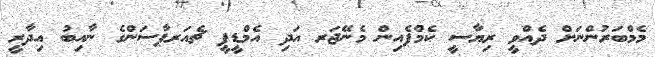
މެމްބަރުންނަށް ދެއްވީ ރިޔާސީ ކެމްޕެއިން މެނޭޖަރ އަދި އެމްޑީޕީ ޗެއަރޕާސަންގެ ނާއިބު އިދާރީ